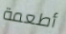
أطعمة